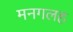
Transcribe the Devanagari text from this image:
मनगलह